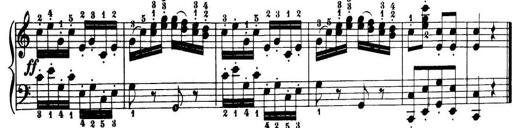
Title: 32 Sonatinas and Rondos for the Piano
Composer: Richard Kleinmichel